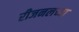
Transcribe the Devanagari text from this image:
रीजनलच्या